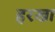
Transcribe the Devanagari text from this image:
हरखा